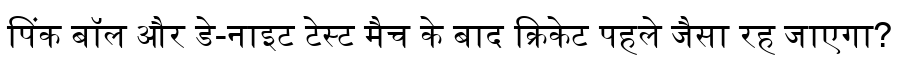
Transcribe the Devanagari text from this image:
पिंक बॉल और डे-नाइट टेस्ट मैच के बाद क्रिकेट पहले जैसा रह जाएगा?